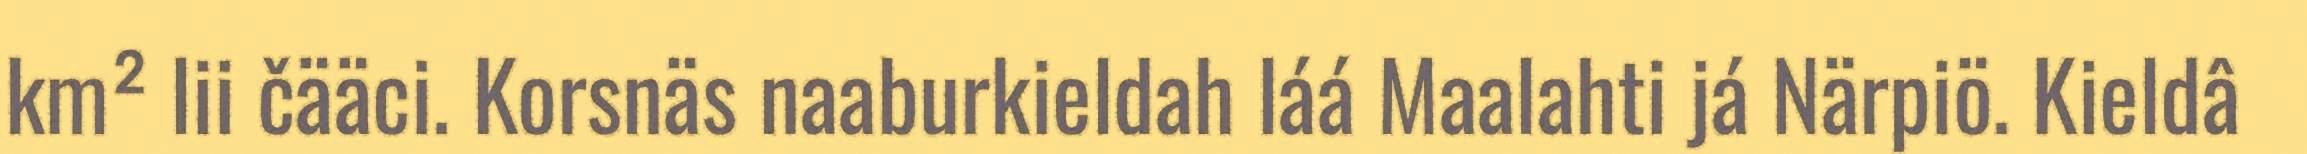
km² lii čääci. Korsnäs naaburkieldah láá Maalahti já Närpiö. Kieldâ